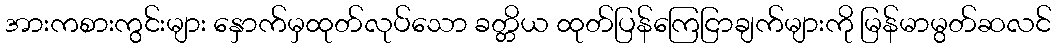
အားကစားကွင်းများ နှောက်မှထုတ်လုပ်သော ခတ္တိယ ထုတ်ပြန်ကြေငြာချက်များကို မြန်မာမွတ်ဆလင်